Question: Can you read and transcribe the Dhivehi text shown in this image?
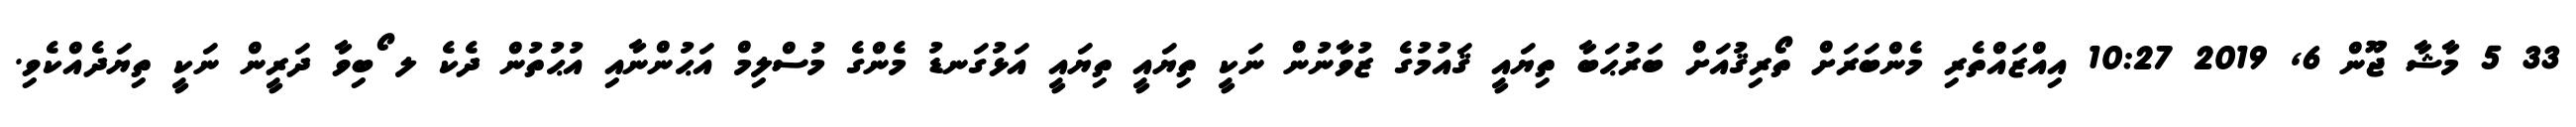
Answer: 33 5 މާޝާ ޖޫން 6, 2019 10:27 އިއްޒައްތެރި މެންބަރަށް ތޯރިޤުއަށް ބަރުޙަބާ ތިޔައީ ޤައުމުގެ ޒުވާނުން ނަކީ ތިޔައީ ތިޔައީ އަޅުގަނޑު މެންގެ މުސްލިމް އަޙުންނާއި އުޙުތުން ދެކެ ލ ޯބިވާ ދަރީން ނަކީ ތިޔަދެއްކެވި.